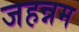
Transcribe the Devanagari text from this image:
जहन्नम